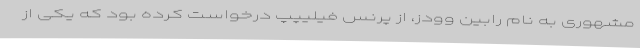
مشهوری به نام رابین وودز، از پرنس فیلیپپ درخواست کرده بود که یکی از